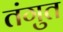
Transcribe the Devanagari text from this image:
तंगुत